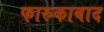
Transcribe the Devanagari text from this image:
फारुकाबाद